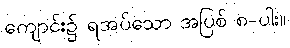
ကျောင်း၌ ရအပ်သော အပြစ် ၈-ပါး။